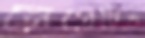
নেগেটিভ